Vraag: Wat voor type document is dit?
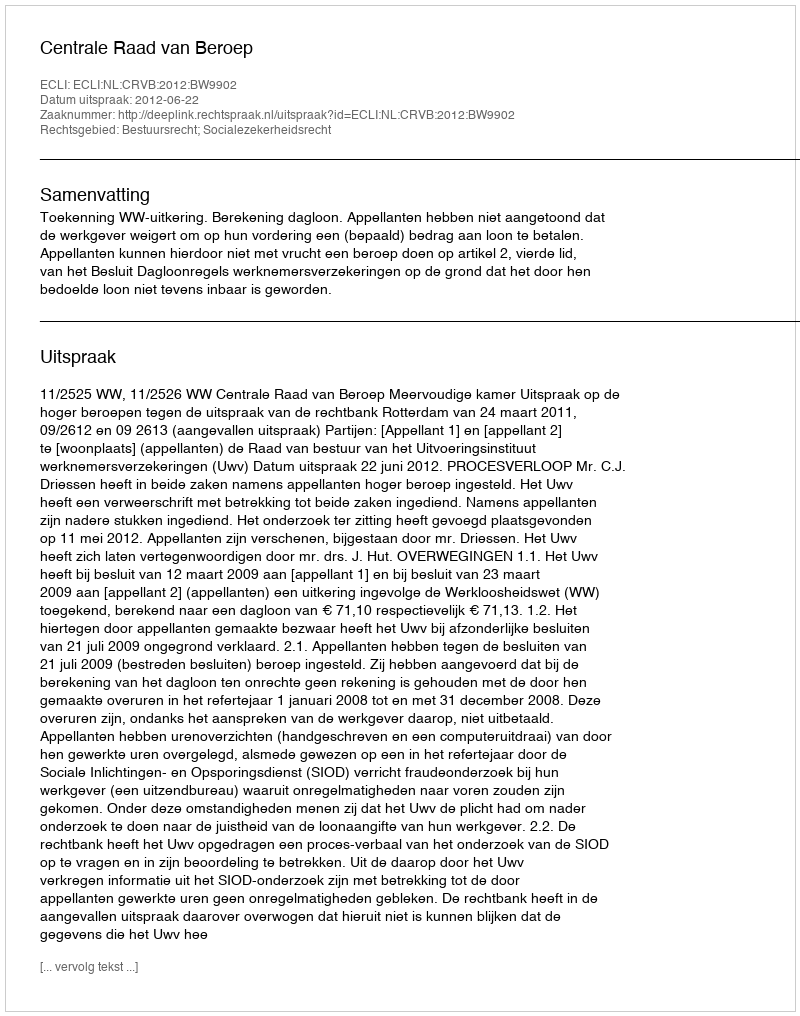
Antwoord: Uitspraak